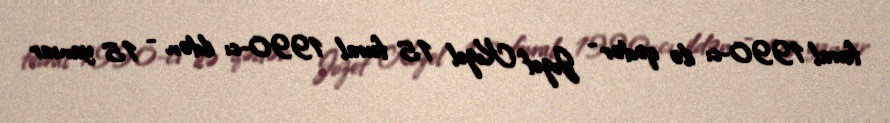
fevral 1990-cı ilə qədər - Jozef Kozel 15 fevral 1990-cı ildən - 15 yanvar